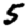
Digit: 5